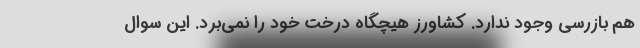
هم بازرسی وجود ندارد. کشاورز هیچگاه درخت خود را نمی‌برد. این سوال